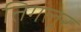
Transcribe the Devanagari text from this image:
तिगलूर